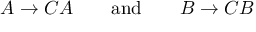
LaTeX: A \rightarrow C A \qquad { \mathrm { a n d } } \qquad B \rightarrow C B